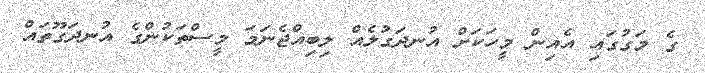
ގެ މަގުގައި އެއިން މީހަކަށް އުނދަގުލެއް ލިބިއްޖެނަމަ މީސްތަކުންގެ އުނދަގޫތައް